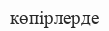
көпірлерде